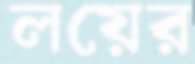
লয়ের